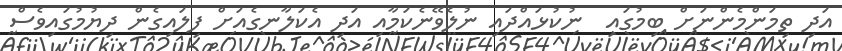
އަދި ތިމަންމެންނަށް ބިމުގައި  ނުކުޅައްދައި ނުލެވޭނެކަމާއި އަދި އެކަލާނގެއަށް ފިލައިގެން ދިޔުމުގައިވެސް